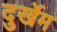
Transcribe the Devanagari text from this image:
दुर्खेम